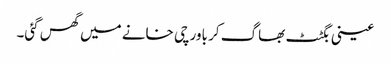
عینی بگٹٹ بھاگ کر باورچی خانے میں گھس گئی۔